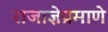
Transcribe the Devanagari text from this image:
राजाज्ञेप्रमाणे